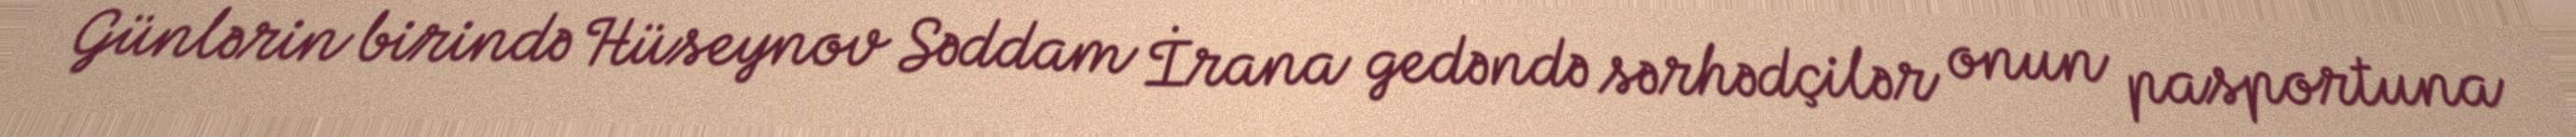
Günlərin birində Hüseynov Səddam İrana gedəndə sərhədçilər onun pasportuna